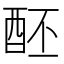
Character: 𨠙